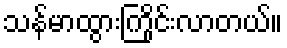
သန်မာထွားကြိုင်းလာတယ်။